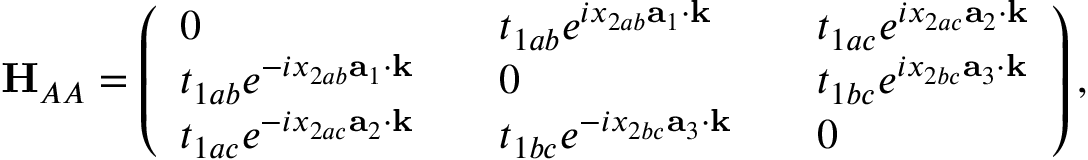
{ \bf H } _ { A A } = \left( \begin{array} { l l l l l } { 0 } & { } & { t _ { 1 a b } e ^ { i x _ { 2 a b } { \bf a } _ { 1 } \cdot { \bf k } } } & { } & { t _ { 1 a c } e ^ { i x _ { 2 a c } { \bf a } _ { 2 } \cdot { \bf k } } } \\ { t _ { 1 a b } e ^ { - i x _ { 2 a b } { \bf a } _ { 1 } \cdot { \bf k } } } & { } & { 0 } & { } & { t _ { 1 b c } e ^ { i x _ { 2 b c } { \bf a } _ { 3 } \cdot { \bf k } } } \\ { t _ { 1 a c } e ^ { - i x _ { 2 a c } { \bf a } _ { 2 } \cdot { \bf k } } } & { } & { t _ { 1 b c } e ^ { - i x _ { 2 b c } { \bf a } _ { 3 } \cdot { \bf k } } } & { } & { 0 } \end{array} \right) ,